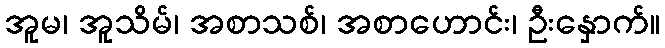
အူမ၊ အူသိမ်၊ အစာသစ်၊ အစာဟောင်း၊ ဦးနှောက်။